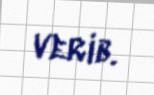
verib.